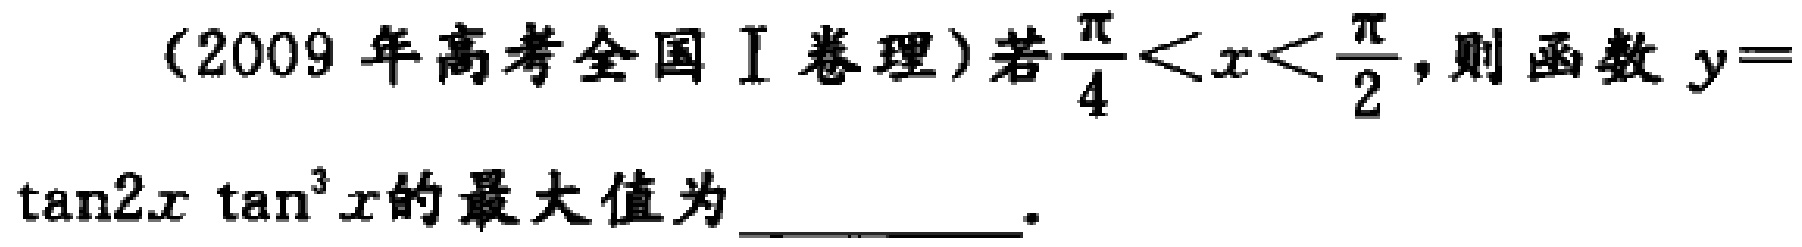
(2009 年高考全国 I 卷理)若$\frac{\pi}{4}<x<\frac{\pi}{2}$，则函数$y = \tan2x\tan^{3}x$的最大值为 _________ 。